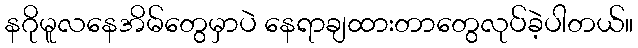
နဂိုမူလနေအိမ်တွေမှာပဲ နေရာချထားတာတွေလုပ်ခဲ့ပါတယ်။